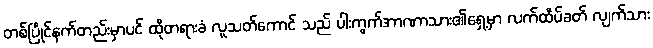
တစ်ပြိုင်နက်တည်းမှာပင် ထိုတရားခံ လူသတ်ကောင် သည် ပါးကွက်အာဏာသား၏ရှေ့မှာ လက်ထိပ်ခတ် လျက်သား